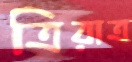
ত্রিরাত্র